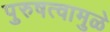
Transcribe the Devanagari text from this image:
पुरुषत्वामुळे